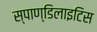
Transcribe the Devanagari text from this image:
स्पाण्डिलाइटिस